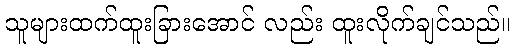
သူများထက်ထူးခြားအောင် လည်း ထူးလိုက်ချင်သည်။